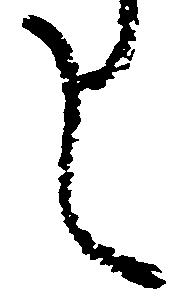
し